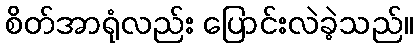
စိတ်အာရုံလည်း ပြောင်းလဲခဲ့သည်။